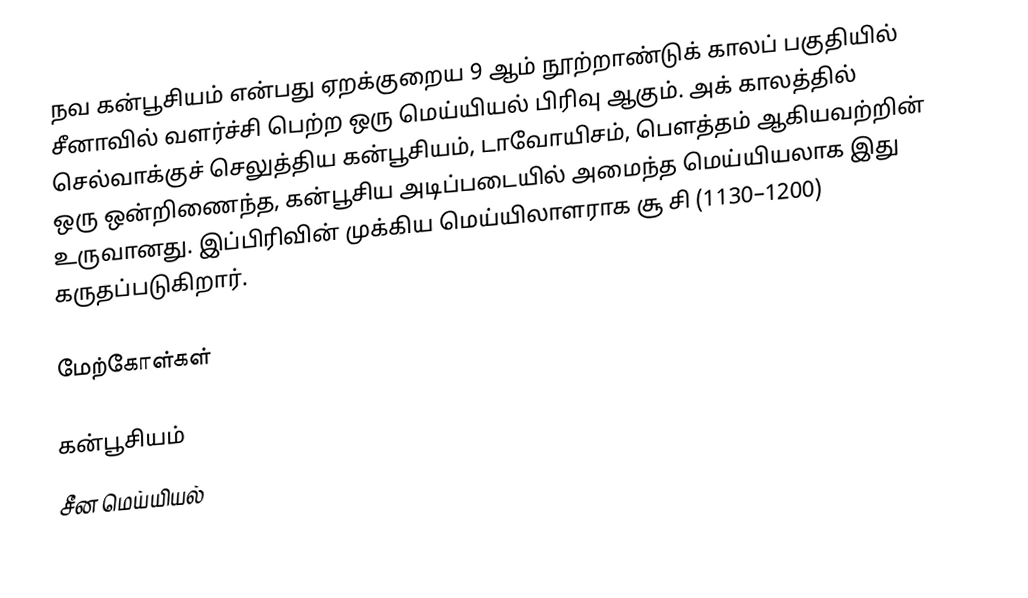
நவ கன்பூசியம் என்பது ஏறக்குறைய 9 ஆம் நூற்றாண்டுக் காலப் பகுதியில் சீனாவில் வளர்ச்சி பெற்ற ஒரு மெய்யியல் பிரிவு ஆகும்.  அக் காலத்தில் செல்வாக்குச் செலுத்திய கன்பூசியம், டாவோயிசம், பௌத்தம் ஆகியவற்றின் ஒரு ஒன்றிணைந்த, கன்பூசிய அடிப்படையில் அமைந்த மெய்யியலாக இது உருவானது.  இப்பிரிவின் முக்கிய மெய்யிலாளராக  சூ சி (1130–1200) கருதப்படுகிறார்.

மேற்கோள்கள்

கன்பூசியம்
சீன மெய்யியல்